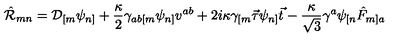
\hat { \cal R } _ { m n } = { \cal D } _ { [ m } \psi _ { n ] } + \frac { \kappa } { 2 } \gamma _ { a b [ m } \psi _ { n ] } v ^ { a b } + 2 i \kappa \gamma _ { [ m } \vec { \tau } \psi _ { n ] } \vec { t } - \frac { \kappa } { \sqrt { 3 } } \gamma ^ { a } \psi _ { [ n } \hat { F } _ { m ] a }